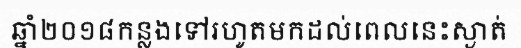
ឆ្នាំ២០១៨កន្លងទៅរហូតមកដល់ពេលនេះស្ងាត់